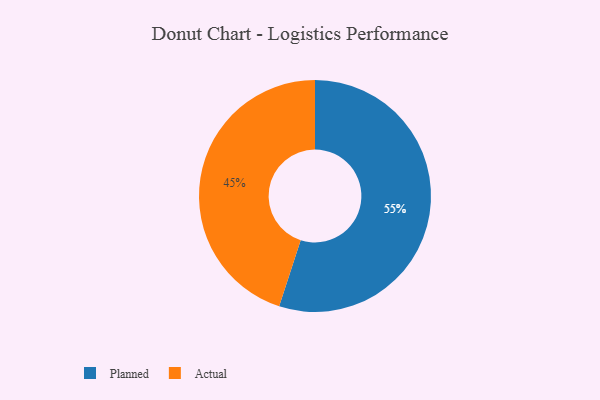
{"axis": {"x": "Category", "y": "Percentage"}, "legend": ["Actual", "Planned"], "data": [{"x": "Actual", "y": 45, "type": "Actual"}, {"x": "Planned", "y": 55, "type": "Planned"}]}